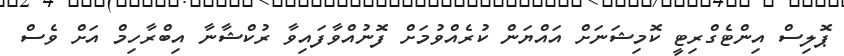
ޕޮލިސް އިންޓެގްރިޓީ ކޮމިޝަނަށް އައްޔަން ކުރެއްވުމަށް ފޮނުއްވާފައިވާ ރުކްޝާނާ އިބްރާހިމް އަށް ވެސް